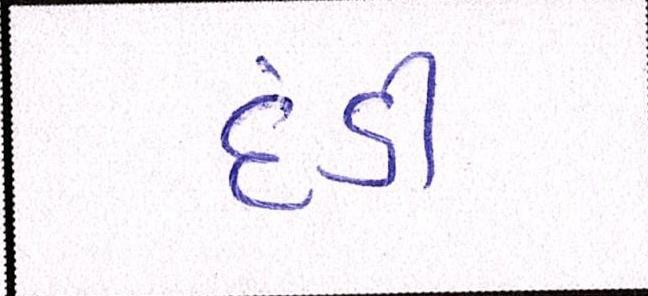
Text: દંડી